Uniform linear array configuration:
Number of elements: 48
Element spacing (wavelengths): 0.75
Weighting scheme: exponential
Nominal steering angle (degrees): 45
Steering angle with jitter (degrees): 43.695
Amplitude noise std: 0.05
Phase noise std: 0.05

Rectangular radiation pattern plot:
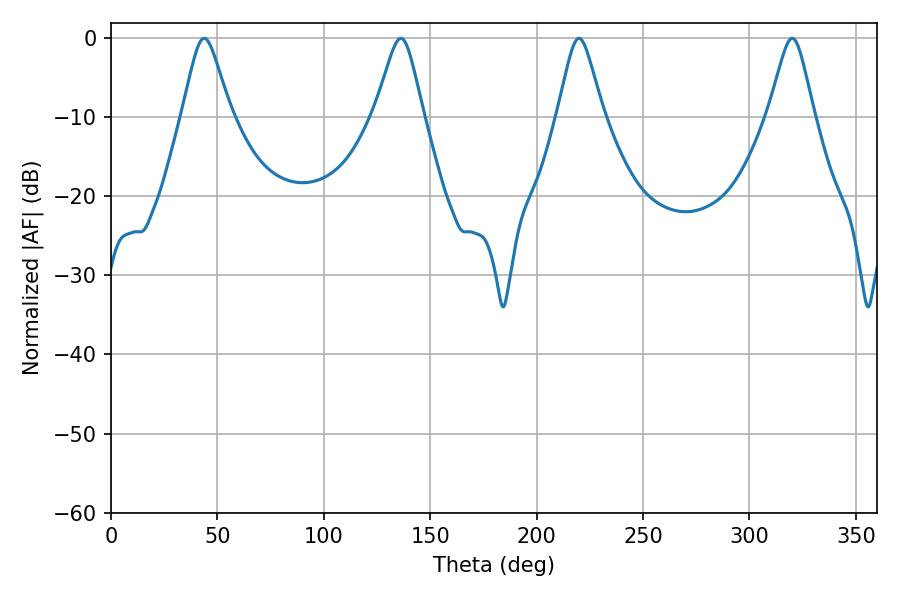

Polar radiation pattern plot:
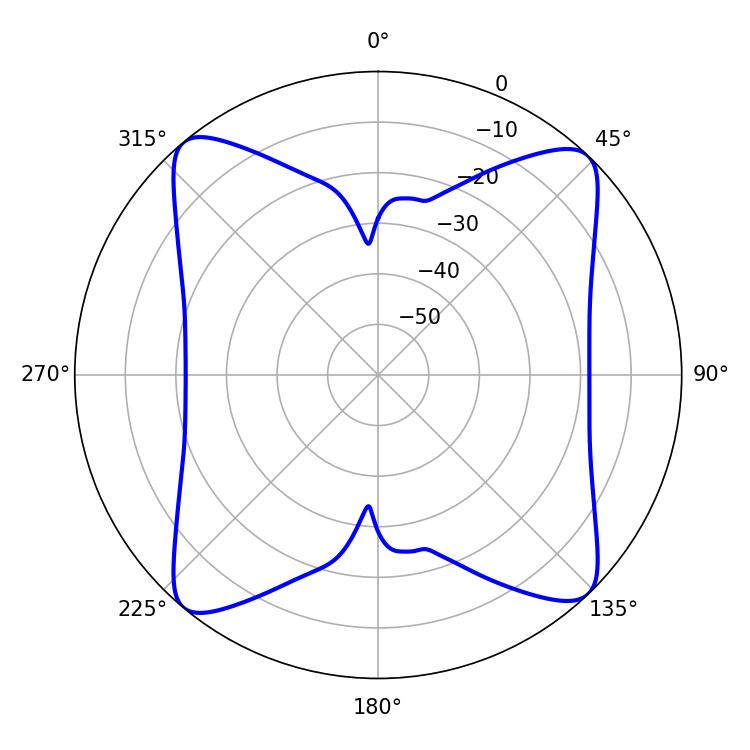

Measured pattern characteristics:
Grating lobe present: TRUE
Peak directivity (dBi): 15.954
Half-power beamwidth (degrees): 10.8
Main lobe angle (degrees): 43.74